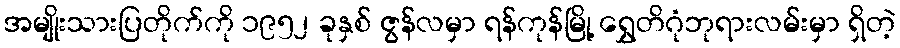
အမျိုးသားပြတိုက်ကို ၁၉၅၂ ခုနှစ် ဇွန်လမှာ ရန်ကုန်မြို့ ရွှေတိဂုံဘုရားလမ်းမှာ ရှိတဲ့